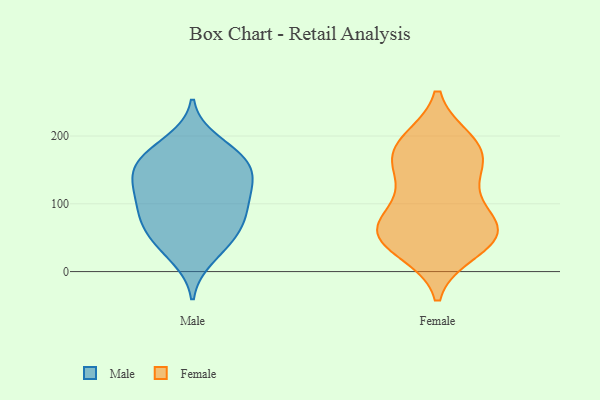
{"axis": {"x": "Waste Production (Tons)", "y": "Value"}, "legend": ["Female", "Male"], "data": [{"x": "", "y": 118, "type": "Male"}, {"x": "", "y": 132, "type": "Male"}, {"x": "", "y": 93, "type": "Male"}, {"x": "", "y": 55, "type": "Male"}, {"x": "", "y": 166, "type": "Male"}, {"x": "", "y": 21, "type": "Male"}, {"x": "", "y": 82, "type": "Male"}, {"x": "", "y": 102, "type": "Male"}, {"x": "", "y": 140, "type": "Male"}, {"x": "", "y": 171, "type": "Male"}, {"x": "", "y": 60, "type": "Male"}, {"x": "", "y": 37, "type": "Male"}, {"x": "", "y": 169, "type": "Male"}, {"x": "", "y": 155, "type": "Male"}, {"x": "", "y": 74, "type": "Male"}, {"x": "", "y": 192, "type": "Male"}, {"x": "", "y": 131, "type": "Male"}, {"x": "", "y": 70, "type": "Female"}, {"x": "", "y": 184, "type": "Female"}, {"x": "", "y": 32, "type": "Female"}, {"x": "", "y": 138, "type": "Female"}, {"x": "", "y": 179, "type": "Female"}, {"x": "", "y": 191, "type": "Female"}, {"x": "", "y": 54, "type": "Female"}, {"x": "", "y": 147, "type": "Female"}, {"x": "", "y": 100, "type": "Female"}, {"x": "", "y": 42, "type": "Female"}, {"x": "", "y": 58, "type": "Female"}, {"x": "", "y": 177, "type": "Female"}, {"x": "", "y": 62, "type": "Female"}, {"x": "", "y": 61, "type": "Female"}]}